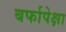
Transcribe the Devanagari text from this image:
बर्फापेक्षा